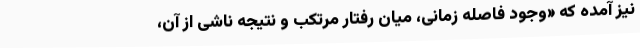
نیز آمده که «وجود فاصله زمانی، میان رفتار مرتکب و نتیجه ناشی از آن،